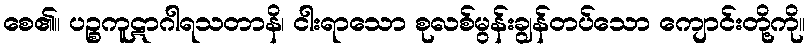
စေ၏။ ပဉ္စကူဋာဂါရသတာနိ၊ ငါးရာသော စုလစ်မွန်းချွန်တပ်သော ကျောင်းတို့ကို။